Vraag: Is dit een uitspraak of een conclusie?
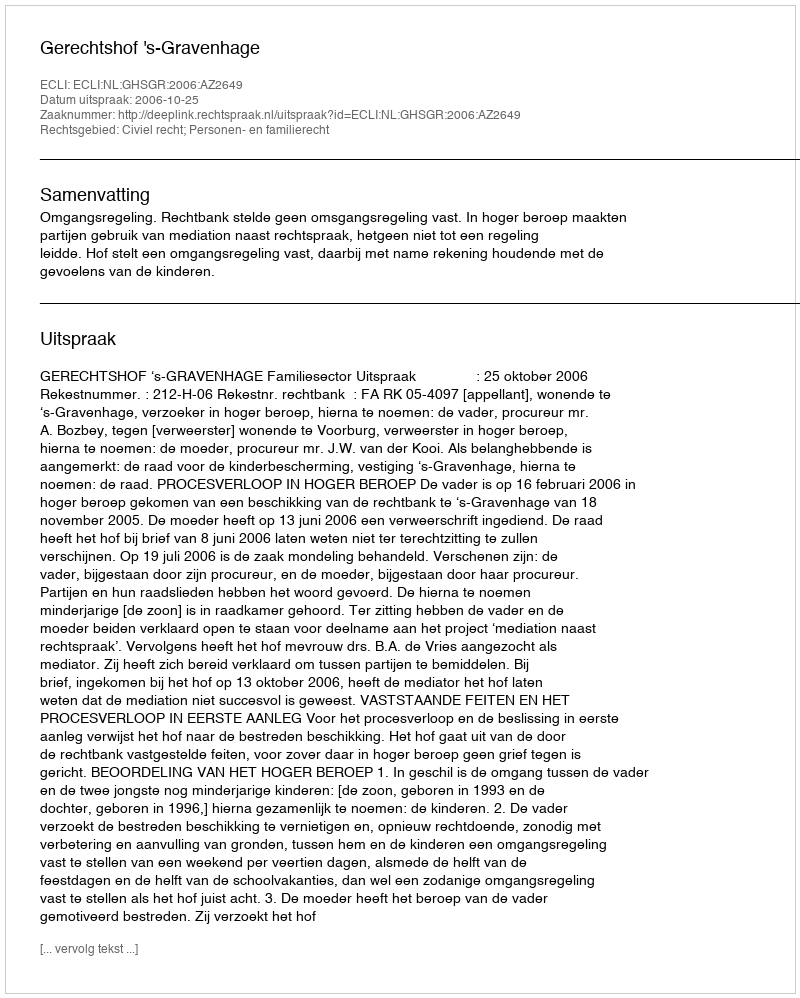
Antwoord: Uitspraak